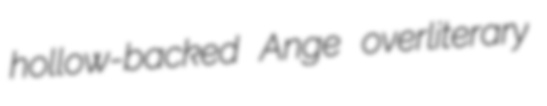
hollow-backed Ange overliterary